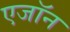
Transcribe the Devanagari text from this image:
एजॉन